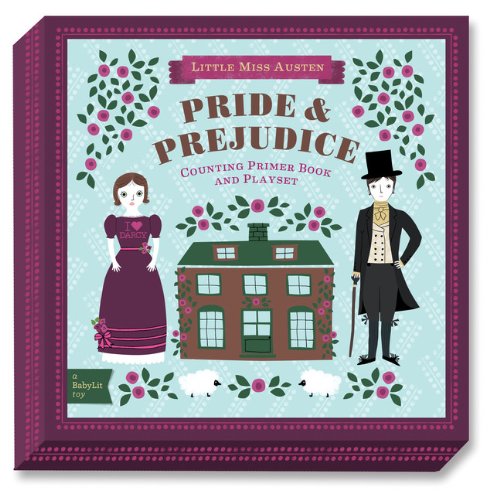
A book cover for Pride & Prejudice: A BabyLitÂ® Counting Primer Board Book and Playset (BabyLit Playset); Jennifer Adams; Children's Books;